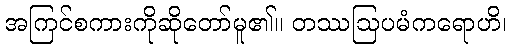
အကြင်စကားကိုဆိုတော်မူ၏။ တဿဩပမံကရောဟိ၊